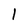
Character: 1